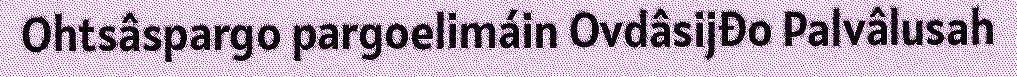
Ohtsâspargo pargoelimáin Ovdâsijđo Palvâlusah